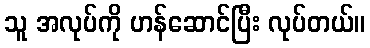
သူ အလုပ်ကို ဟန်ဆောင်ပြီး လုပ်တယ်။